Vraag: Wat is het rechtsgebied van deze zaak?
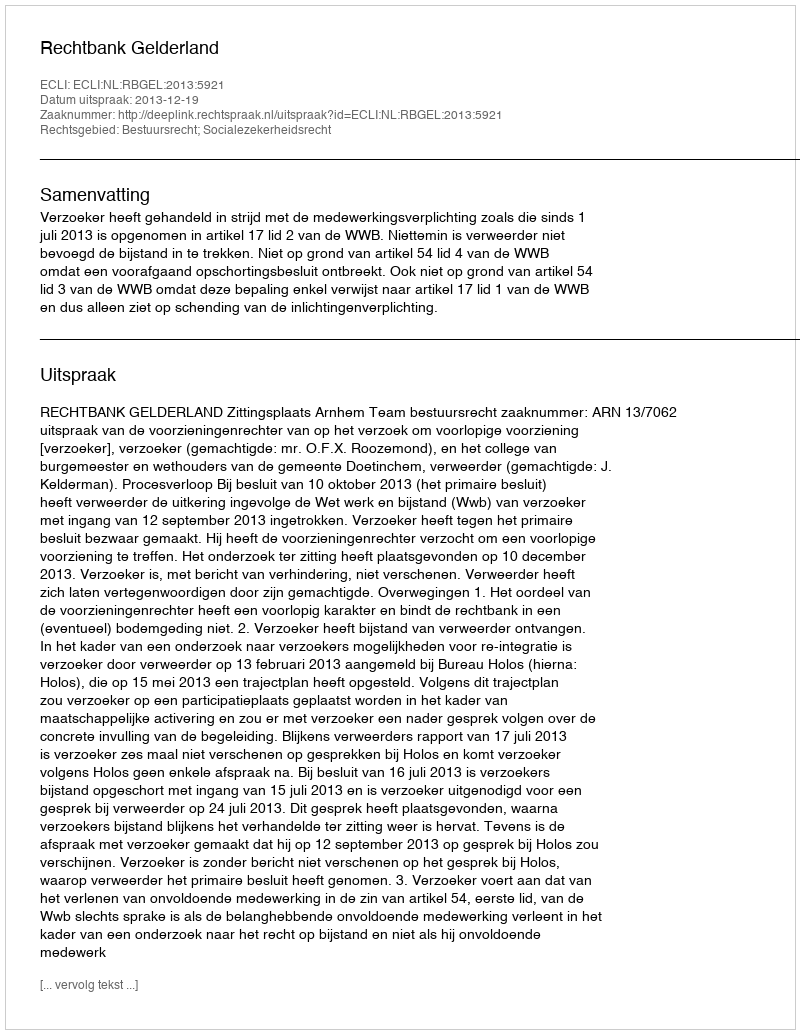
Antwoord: Bestuursrecht; Socialezekerheidsrecht